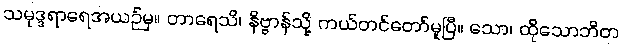
သမုဒ္ဒရာရေအယဉ်မှ။ တာရေသိ၊ နိဗ္ဗာန်သို့ ကယ်တင်တော်မူပြီ။ သော၊ ထိုသောဘိတ